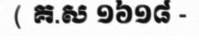
( គ.ស ១៦១៨ -